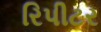
રિપીટર